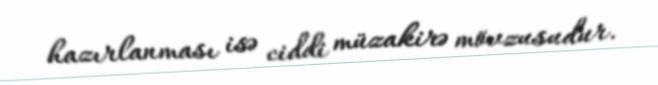
hazırlanması isə ciddi müzakirə mövzusudur.